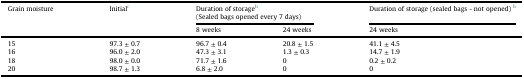
<table><thead><tr><td rowspan="2"><b>Grain moisture</b></td><td rowspan="2"><b>Initialc</b></td><td colspan="2"><b>Duration of storageb(Sealed bags opened every 7 days)</b></td><td><b>Duration of storage (sealed bags - not opened) b</b></td></tr><tr><td><b>8 weeks</b></td><td><b>24 weeks</b></td><td><b>24 weeks</b></td></tr></thead><tbody><tr><td>15</td><td>97.3 ± 0.7</td><td>96.7 ± 0.4</td><td>20.8 ± 1.5</td><td>41.1 ± 4.5</td></tr><tr><td>16</td><td>96.0 ± 2.0</td><td>47.3 ± 3.1</td><td>1.3 ± 0.3</td><td>14.7 ± 1.9</td></tr><tr><td>18</td><td>98.0 ± 0.0</td><td>71.7 ± 1.6</td><td>0</td><td>0.2 ± 0.2</td></tr><tr><td>20</td><td>98.7 ± 1.3</td><td>6.8 ± 2.0</td><td>0</td><td>0</td></tr></tbody></table>